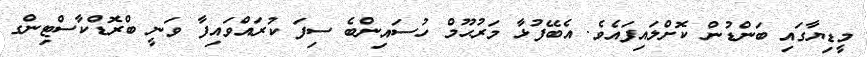
މީޑިޔާގައި ބަންޑުން ކޮށްލައިފައެވެ. އެބޭފުޅާ މަރުޙޫމް ހުސައިންބެ ސިފަ ކުރައްވައިފާ ވަނީ ބްރޮޑްކާސްޓިންގ